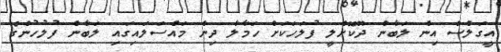
އީގަލްސް އިން ލަބާން ދޫކޮށްލީ ފުލަހަކަށް ހަމާލާ ދިން މައްސަލައިގައި ލަބާން ފުލުހުންގެ